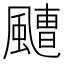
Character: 𩘤